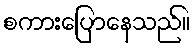
စကားပြောနေသည်။